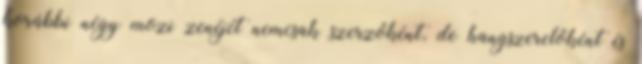
korábbi négy mozi zenéjét nemcsak szerzőként, de hangszerelőként és